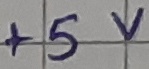
Text: +5V